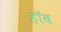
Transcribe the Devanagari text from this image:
हॉब